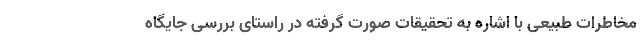
مخاطرات طبیعی با اشاره به تحقیقات صورت گرفته در راستای بررسی جایگاه